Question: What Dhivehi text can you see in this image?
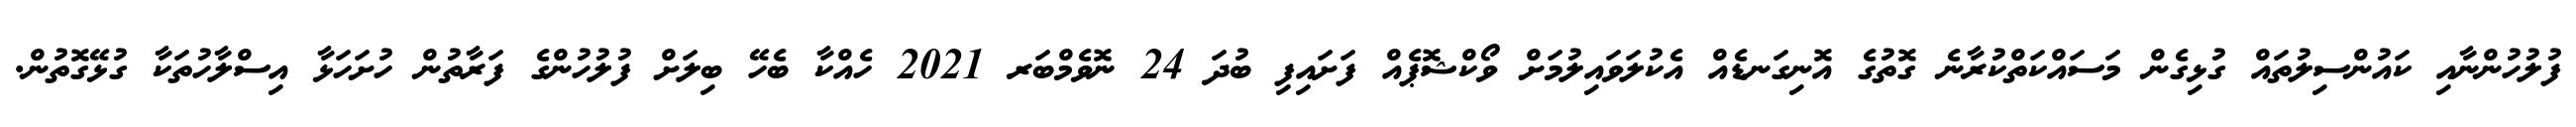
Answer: ފުލުހުންނާއި ކައުންސިލުތައް ގުޅިގެން މަސައްކަތްކުރާނެ ގޮތުގެ އޮނިގަނޑެއް އެކުލަވައިލުމަށް ވޯކްޝޮޕެއް ފަށައިފި ބުދަ 24 ނޮވެމްބަރ 2021 ހެއްކާ ބެހޭ ބިލަށް ފުލުހުންގެ ފަރާތުން ހުށަހަޅާ އިސްލާހުތަކާ ގުޅޭގޮތުން.